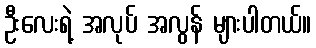
ဦးလေးရဲ့ အလုပ် အလွန် များပါတယ်။